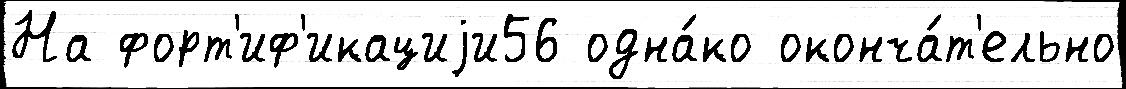
На форт'иф'икациjи56 одна́ко оконча́т'ельно